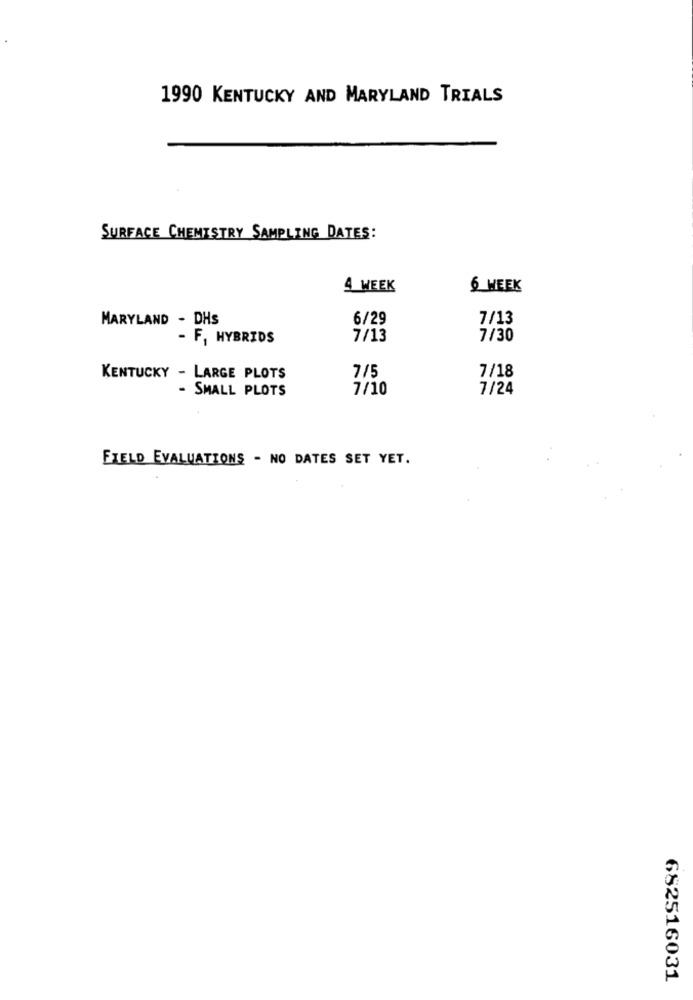
1990 KENTUCKY AND MARYLAND TRIALS
SURFACE CHEMISTRY SAMPLING DATES:
4 WEEK
6 WEEK
MARYLAND - DHS
6/29
7/13
- F, HYBRIDS
7/13
7/30
KENTUCKY - LARGE PLOTS
7/5
7/18
- SMALL PLOTS
7/10
7/24
FIELD EVALUATIONS - NO DATES SET YET.
682516031